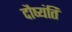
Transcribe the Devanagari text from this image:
दौष्यंति